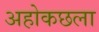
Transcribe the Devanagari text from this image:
अहोकछला